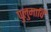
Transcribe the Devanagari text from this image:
पुलुमावि